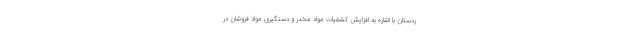
ردستان با اشاره به افزایش کشفیات مواد مخدر و دستگیری مواد فروشان در